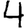
Digit: 4